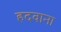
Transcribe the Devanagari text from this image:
हदवाना